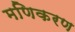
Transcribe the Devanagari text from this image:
मणिकरण